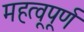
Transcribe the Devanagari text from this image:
महत्वूपूर्ण